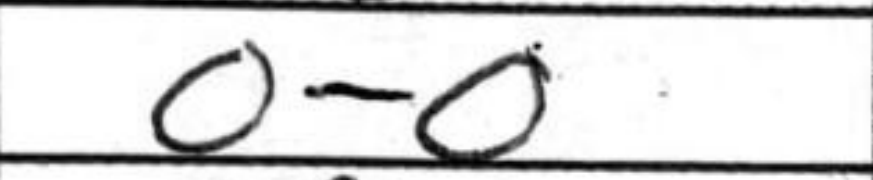
Transcription: O-O